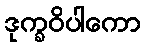
ဒုက္ခဝိပါကော